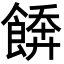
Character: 𩝼